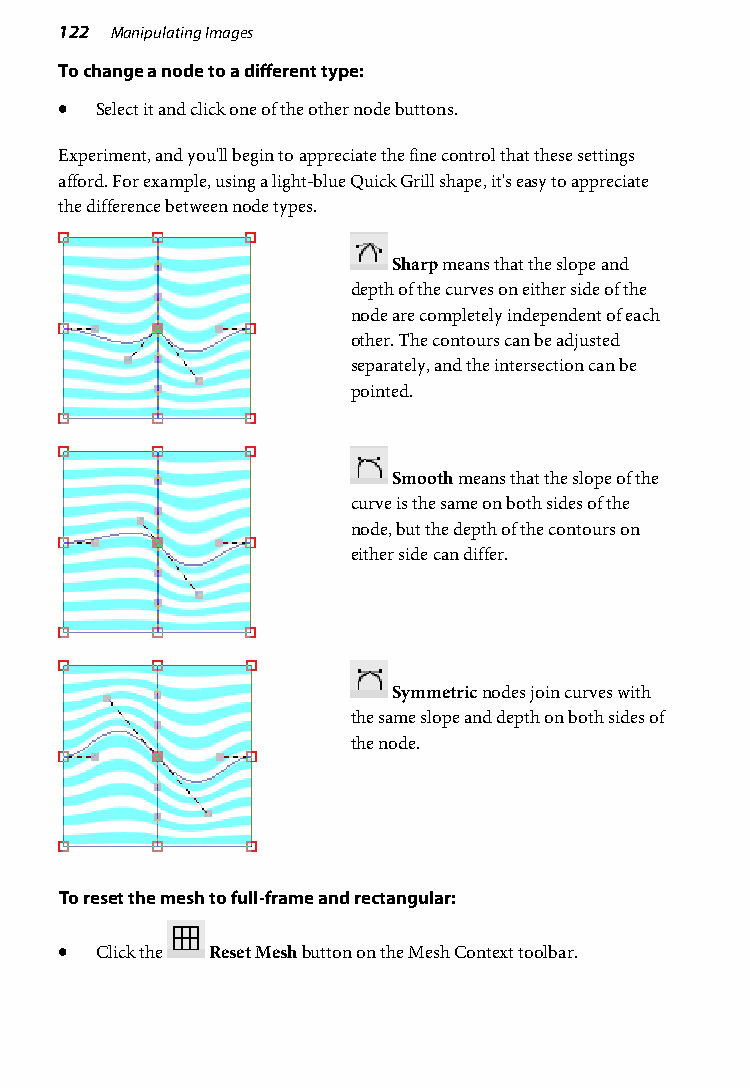
122 Manipulating Images
 To change a node to a different type:
 • Select it and click one of the other node buttons.
 Experiment, and you'll begin to appreciate the fine control that these settings
 afford. For example, using a light-blue Quick Grill shape, it's easy to appreciate
 the difference between node types.
 Sharp means that the slope and
 depth of the curves on either side of the
 node are completely independent of each
 other. The contours can be adjusted
 separately, and the intersection can be
 pointed.
 Smooth means that the slope of the
 curve is the same on both sides of the
 node, but the depth of the contours on
 either side can differ.
 Symmetric nodes join curves with
 the same slope and depth on both sides of
 the node.
 To reset the mesh to full-frame and rectangular:
 • Click the Reset Mesh button on the Mesh Context toolbar.